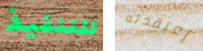
للتنفيذ إعتقدته